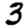
Digit: 3